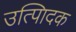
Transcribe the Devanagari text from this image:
उत्पािदक